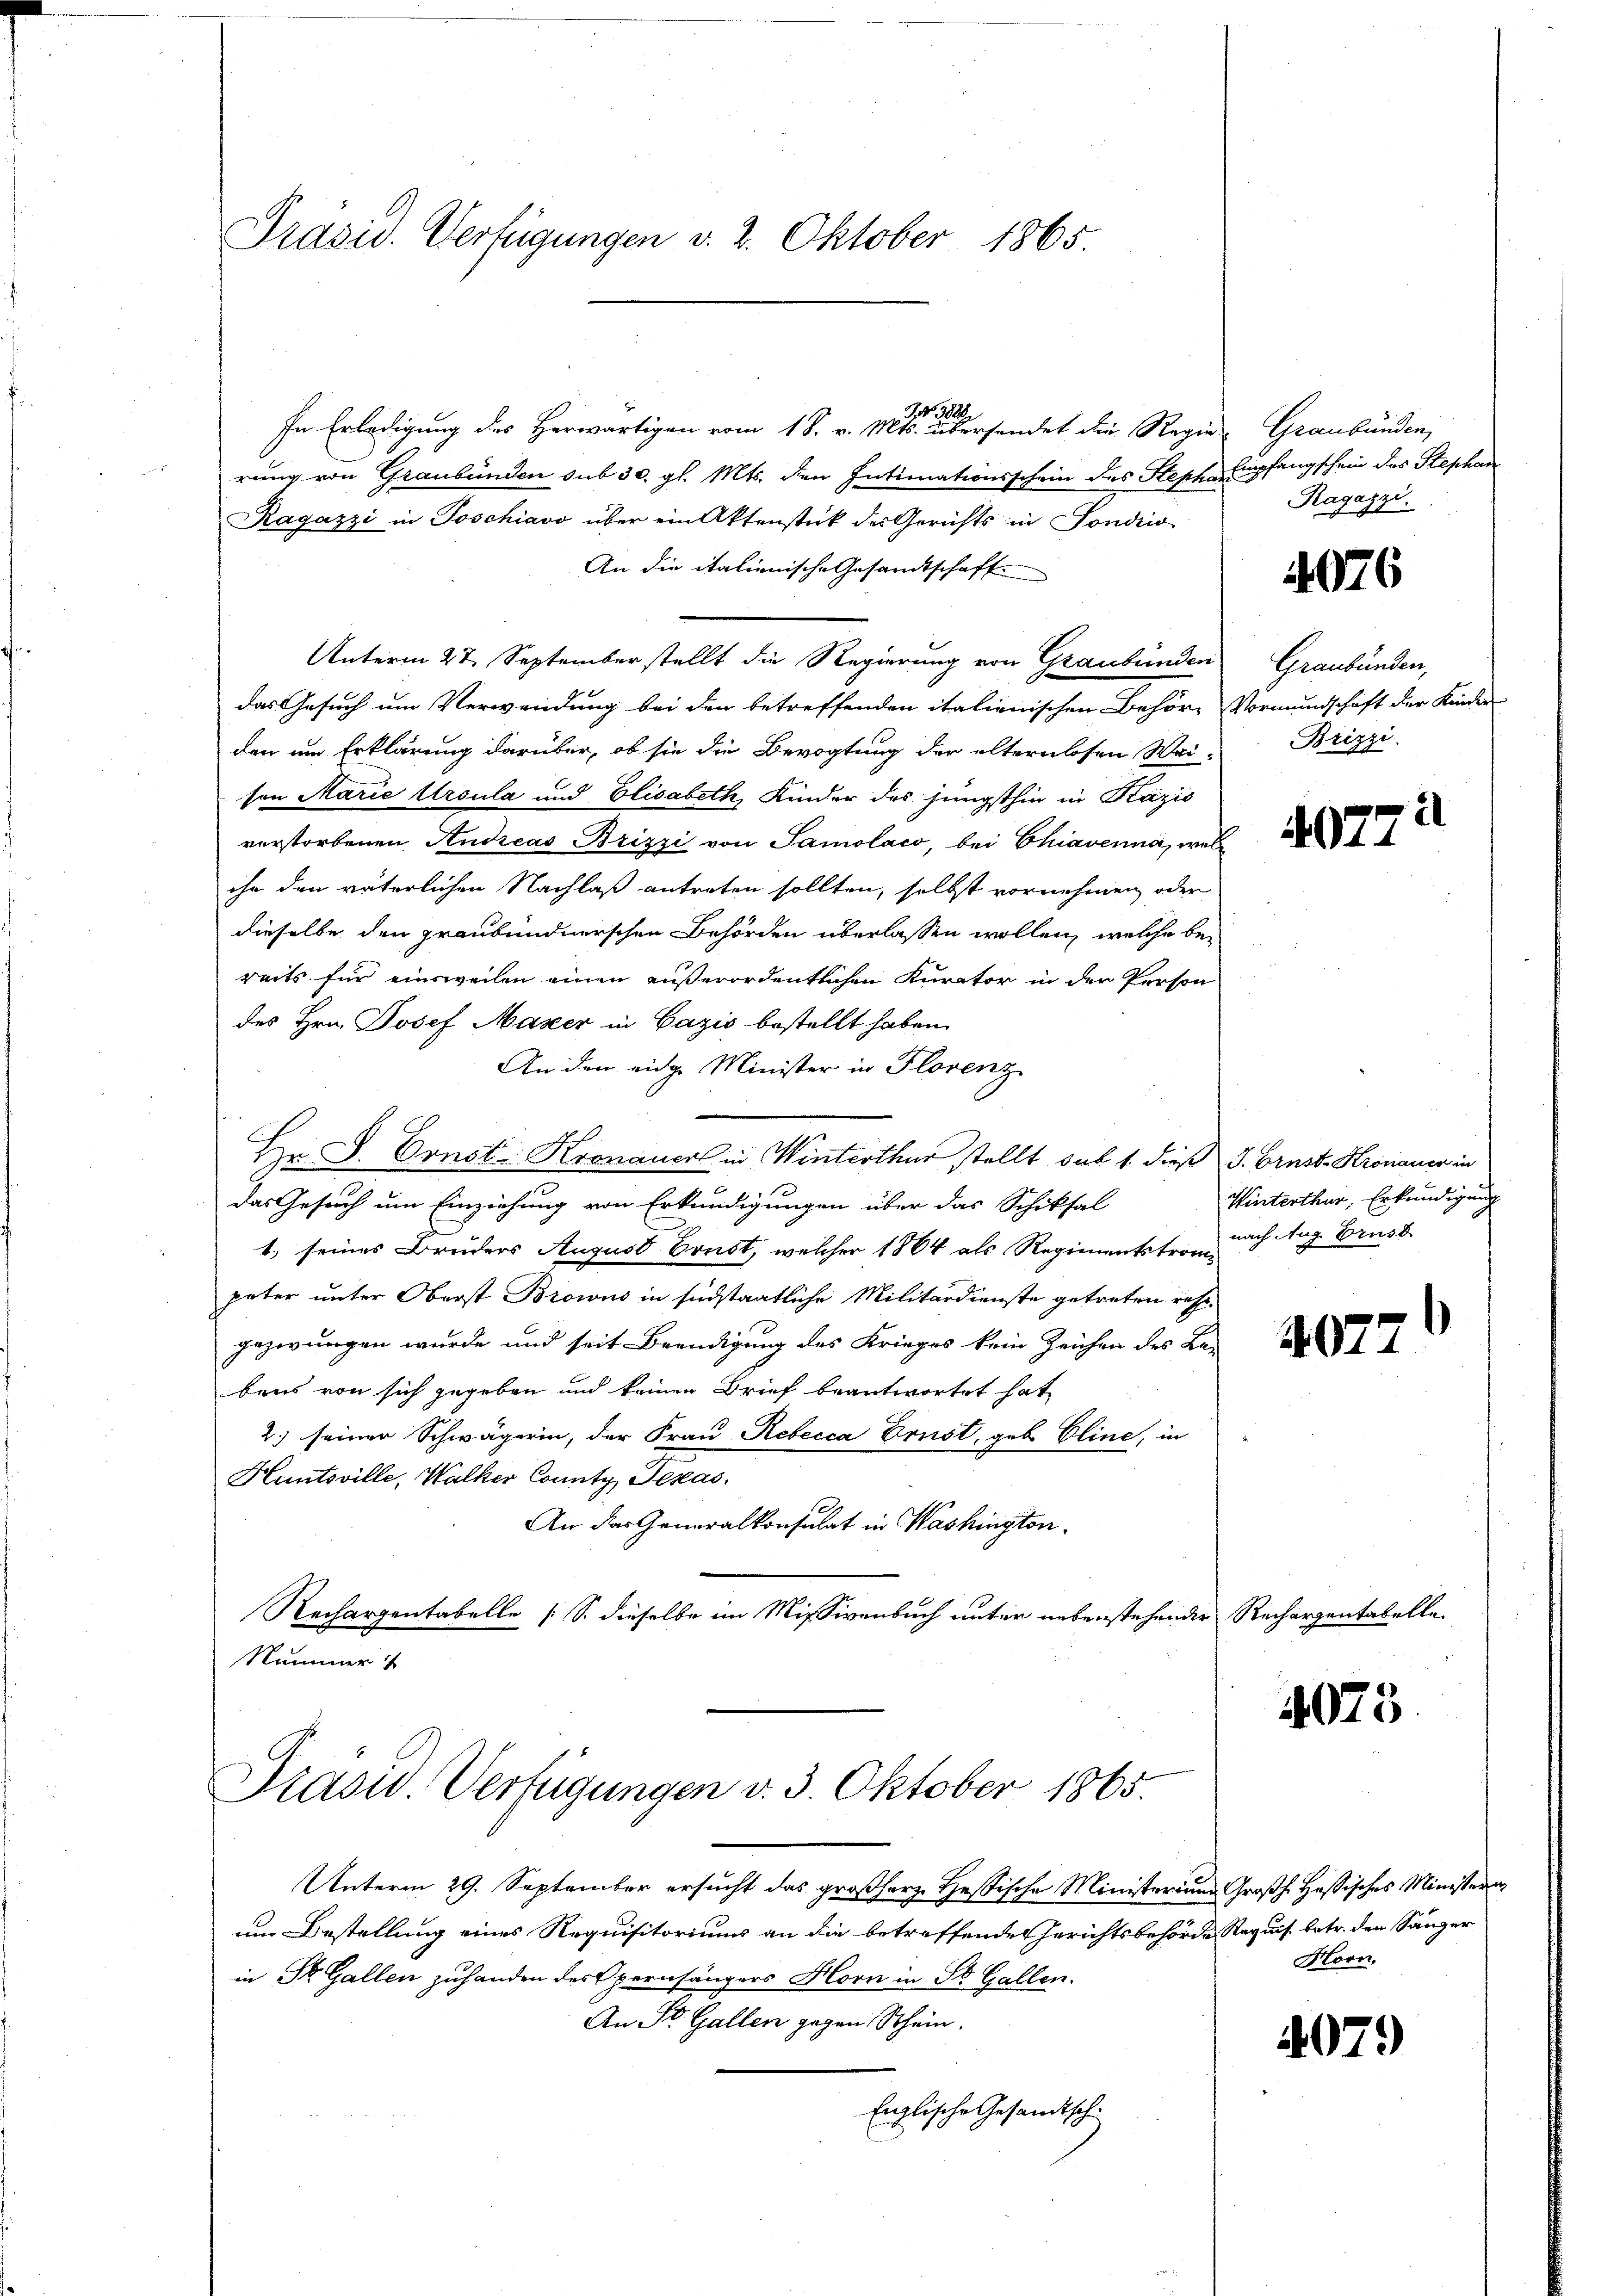
Präsid. Verfügungen v. 2. Oktober 1865.

In Erledigung des Herwärtigen vom 18. v. Mts. übersendet die Regier-Graubünden,
rung von Graubünden sub 30. gl. Mts. den Intimationsschein des Steph Empfangschein des Stephan
Ragazzi in Poschiavo über ein Aktenstück des Gerichts in Sondico
An die italienische Gesandtschaft
Unterm 27. September stellt die Regierung von Graubünden
das Gesuch um Verwendung bei den betreffenden italienischen Behöre Vormundschaft der Kinder
den um Erklärung darüber, ob sie die Bevogtung der alternlosen Wei-
sen Marie Ursula und Elisabeth, Kinder des jüngsthin in Kazis
verstorbenen Andreas Brizzi von Samolaco, bei Chiavenna, wel
ihn den väterlichen Nachlaß antreten sollten, selbst vornehmen oder
dieselbe den graubündnerschen Behörden überlassen wollen, welche bereits für einsweilen einen außerordentlichen Kurator in der Person
des Hrn. Josef Mazer in Cazis bestellt haben.
An den eidg. Minister in Florenz
Hr. L. Const Kronauer in Winterthur stellt sub 1. dieß J. Brust- Kronauer in
Das Gesuch um Einziehung von Erkundigungen über das Schiksal
1. seines Bruders August Brust, welcher 1864 als Regimentstrom nach Aug Brust
pater unter Oberst Browns in südstaatliche Militärdienste getreten ressegezwungen wurde und seit Beendigung des Krieges kein Zeichen des Bas
bens von sich gegeben und keinen Brief beantwortet hat
2) seiner Schwägerin, der Frau Rebecca Ernst, geb. Eline, in
Huntoville, Walker County Texas
An das Generalkonsulat in Washington
Rechargentabelle [S. dieselbe im Missivenbuch unter nebenstehender Rechargentabelle
Nummer

NNo. 3800

Präsid. Verfügungen v. 3. Oktober 1865.

Unterm 29. September ersucht das großherz. Hessische Ministerium Großh. Hassisches Ministerin
um Bestellung eines Requisitoriums an die betreffenden Gerichtsbehörde Requis. betr. den Sänger
in St. Gallen zuhanden des pernsängers Horn in St. Gallen.
An St. Gallen gegen Schein.
Englische Gesandtsch.

Ragazzi.

4076

Graubünden,
Brizzi.

2
G14

Winterthur, Erkundigung

4077

4073.

4079)

Horn.